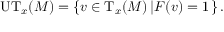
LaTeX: \mathrm { U T } _ { x } ( M ) = \left\{ v \in \mathrm { T } _ { x } ( M ) \left| F ( v ) = 1 \right. \right\} .